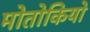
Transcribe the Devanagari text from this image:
मोतोकियो